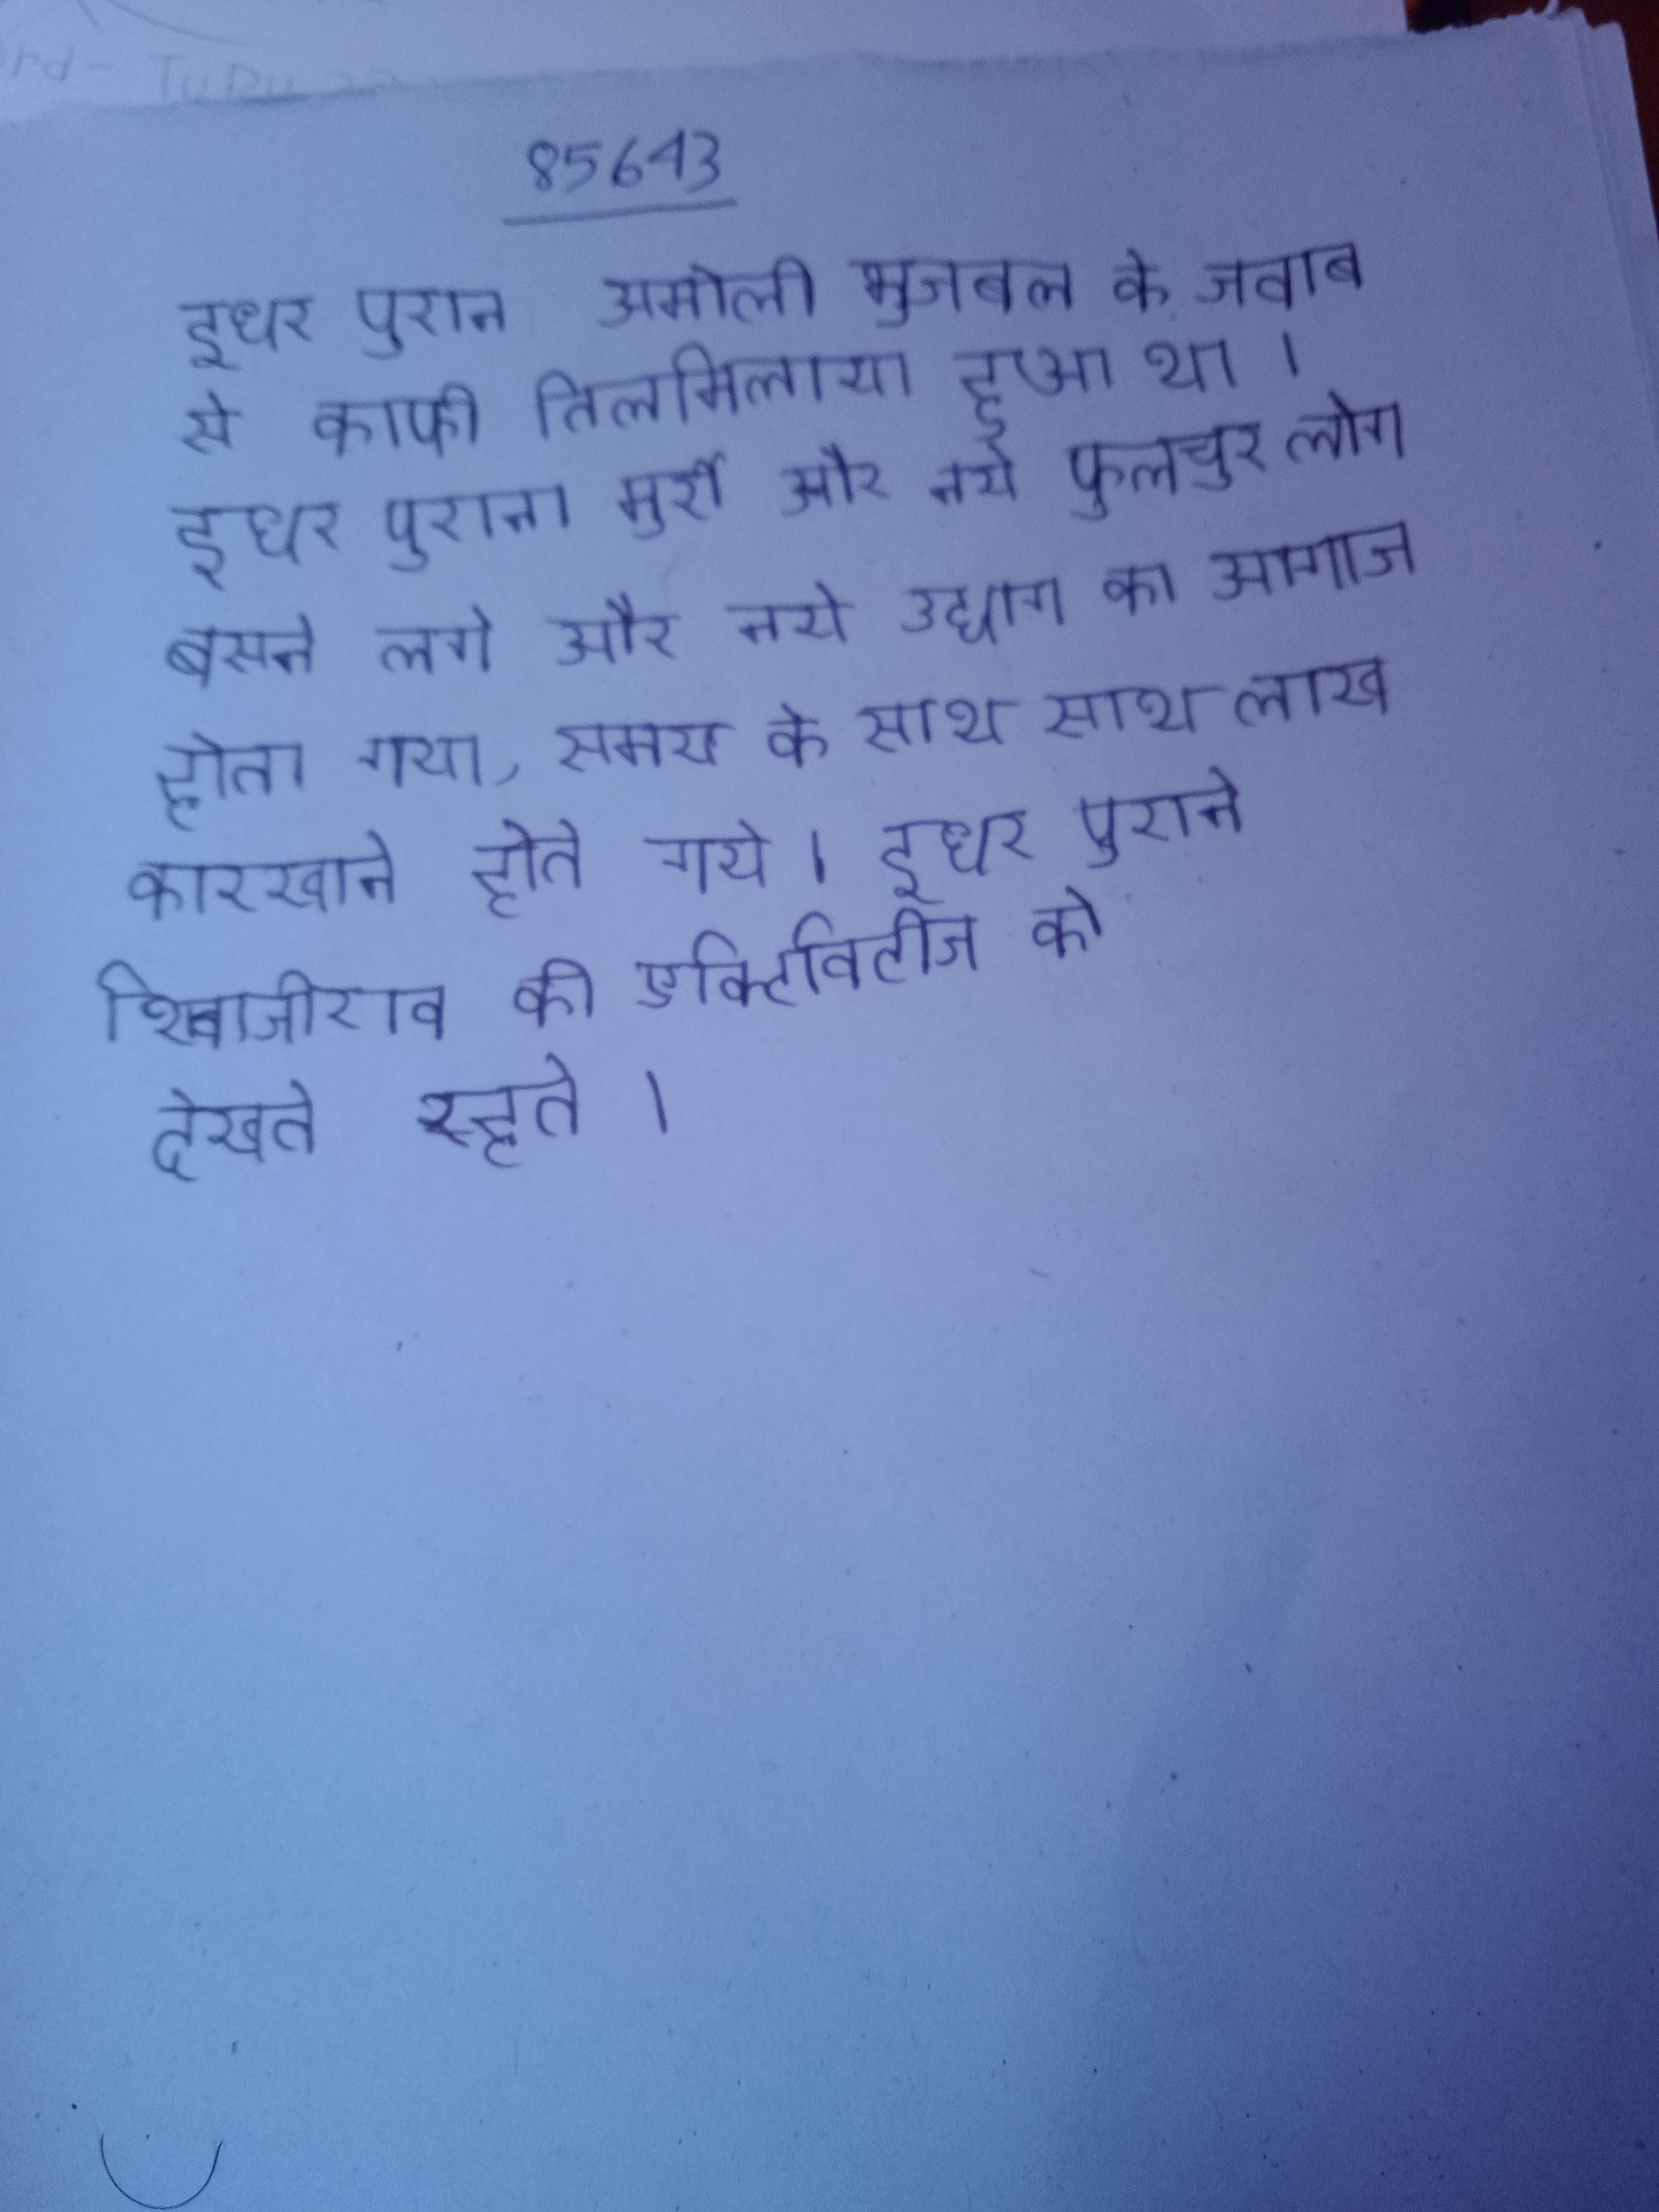
इधर पुरान अमोली भुजबल के जवाब से काफी तिलमिलाया हुआ था । इधर पुराना मुर्री और फुलचूर लोग बसने लगे और नये उद्योग का आगाज होता गया, समय के साथ साथ लाख कारखाने होते गये । इधर पुराने शिवाजीराव की एक्टिविटीज को देखते रहते ।